Report of the Indian Hemp Drugs Commission, 1894-1895 - Volume V
Year: 1894
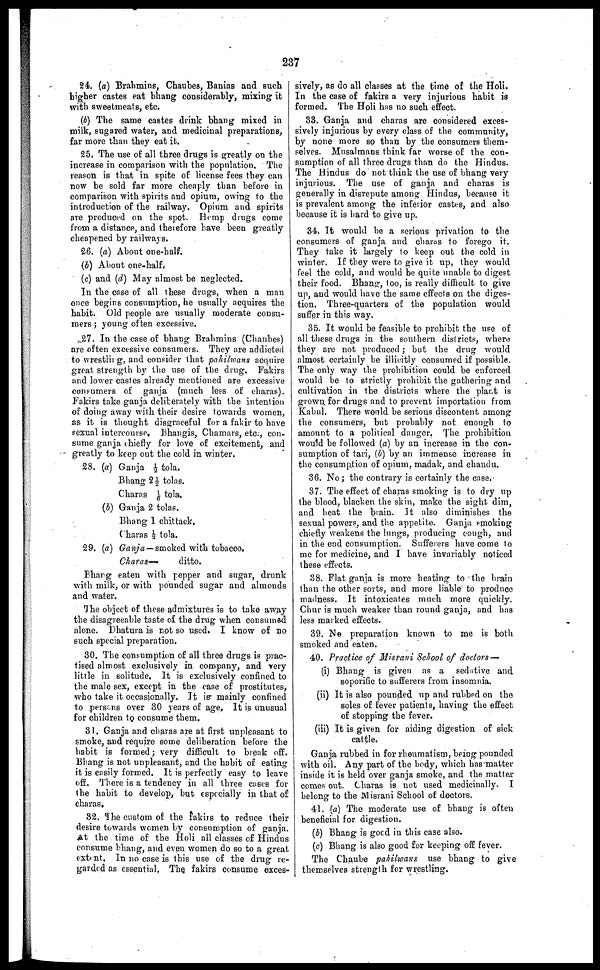
237
24. (a) Brahmins, Chaubes, Banias and such
higher castes eat bhang considerably, mixing it
with sweetmeats, etc.
(b) The same castes drink bhang mixed in
milk, sugared water, and medicinal preparations,
far more than they eat it.
25. The use of all three drugs is greatly on the
increase in comparison with the population. The
reason is that in spite of license fees they can
now be sold far more cheaply than before in
comparison with spirits and opium, owing to the
introduction of the railway. Opium and spirits
are produced on the spot. Hemp drugs come
from a distance, and therefore have been greatly
cheapened by railways.
26. (a) About one-half.
(b) About one-half.
(c) and (d) May almost be neglected.
In the case of all these drugs, when a man
once begins consumption, he usually acquires the
habit. Old people are usually moderate consu-
mers ; young often excessive.
27. In the case of bhang Brahmins (Chaubes)
are often excessive consumers. They are addicted
to wrestling, and consider that pahilwans acquire
great strength by the use of the drug. Fakirs
and lower castes already mentioned are excessive
consumers of ganja (much less of charas).
Fakirs take ganja deliberately with the intention
of doing away with their desire towards women,
as it is thought disgraceful for a fakir to have
sexual intercourse. Bhangis, Chamars, etc., con-
sume ganja chiefly for love of excitement, and
greatly to keep out the cold in winter.
28. (a) Ganja ½ tola.
Bhang 2½ tolas.
Charas 1/6 tola.
(b) Ganja 2 tolas.
Bhang 1 chittack.
(haras ½ tola.
29. (a) Ganja — smoked with tobacco.
Charas—
ditto.
Bhang eaten with pepper and sugar, drunk
with milk, or with pounded sugar and almonds
and water.
The object of these admixtures is to take away
the disagreeable taste of the drug when consumed
alone. Dhatura is not so used. I know of no
such special preparation.
30. The consumption of all three drugs is prac-
tised almost exclusively in company, and very
little in solitude. It is exclusively confined to
the male sex, except in the case of prostitutes,
who take it occasionally. It is mainly confined
to persons over 30 years of age. It is unusual
for children to consume them.
31. Ganja and charas are at first unpleasant to
smoke, and require some deliberation before the
habit is formed ; very difficult to break off.
Bhang is not unpleasant, and the habit of eating
it is easily formed. It is perfectly easy to leave
off. There is a tendency in all three cases for
the habit to develop, but especially in that of
charas,
32. The custom of the fakirs to reduce their
desire towards women by consumption of ganja.
At the time of the Holi all classes of Hindus
consume bhang, and even women do so to a great
extent. In no case is this use of the drug re-
garded as essential. The fakirs consume exces-
sively, as do all classes at the time of the Holi.
In the case of fakirs a very injurious habit is
formed. The Holi has no such effect.
33. Ganja and charas are considered exces-
sively injurious by every class of the community,
by none more so than by the consumers them-
selves. Musalmans think far worse of the con-
sumption of all three drugs than do the Hindus.
The Hindus do not think the use of bhang very
injurious. The use of ganja and charas is
generally in disrepute among Hindus, because it
is prevalent among the inferior castes, and also
because it is hard to give up.
34. It would be a serious privation to the
consumers of ganja and charas to forego it.
They take it largely to keep out the cold in
winter. If they were to give it up, they would
feel the cold, and would be quite unable to digest
their food. Bhang, too, is really difficult to give
up, and would have the same effects on the diges-
tion. Three-quarters of the population would
suffer in this way.
35. It would be feasible to prohibit the use of
all these drugs in the southern districts, where
they are not produced ; but the drug would
almost certainly be illicitly consumed if possible.
The only way the prohibition could be enforced
would be to strictly prohibit the gathering and
cultivation in the districts where the plant is
grown for drugs and to prevent importation from
Kabul. There would be serious discontent among
the consumers, but probably not enough to
amount to a political danger. The prohibition
would be followed (a) by an increase in the con-
sumption of tari, (b) by an immense increase in
the consumption of opium, madak, and chandu.
36. No ; the contrary is certainly the case.
37. The effect of charas smoking is to dry up
the blood, blacken the skin, make the sight dim,
and heat the brain. It also diminishes the
sexual powers, and the appetite. Ganja smoking
chiefly weakens the lungs, producing cough, and
in the end consumption. Sufferers have come to
me for medicine, and I have invariably noticed
these effects.
38. Flat ganja is more heating to the brain
than the other sorts, and more liable to produce
madness. It intoxicates much more quickly.
Chur is much weaker than round ganja, and has
less marked effects.
39. No preparation known to me is both
smoked and eaten.
40. Practice of Misrani School of doctors —
(i) Bhang is given as a sedative and
soporific to sufferers from insomnia.
(ii) It is also pounded up and rubbed on the
soles of fever patients, having the effect
of stopping the fever.
(iii) It is given for aiding digestion of sick
cattle.
Ganja rubbed in for rheumatism, being pounded
with oil. Any part of the body, which has matter
inside it is held over ganja smoke, and the matter
comes out. Charas is not used medicinally. I
belong to the Misrani School of doctors.
41. (a) The moderate use of bhang is often
beneficial for digestion.
(b) Bhang is good in this case also.
(c) Bhang is also good for keeping off fever.
The Chaube pahilwans use bhang to give
themselves strength for wrestling.